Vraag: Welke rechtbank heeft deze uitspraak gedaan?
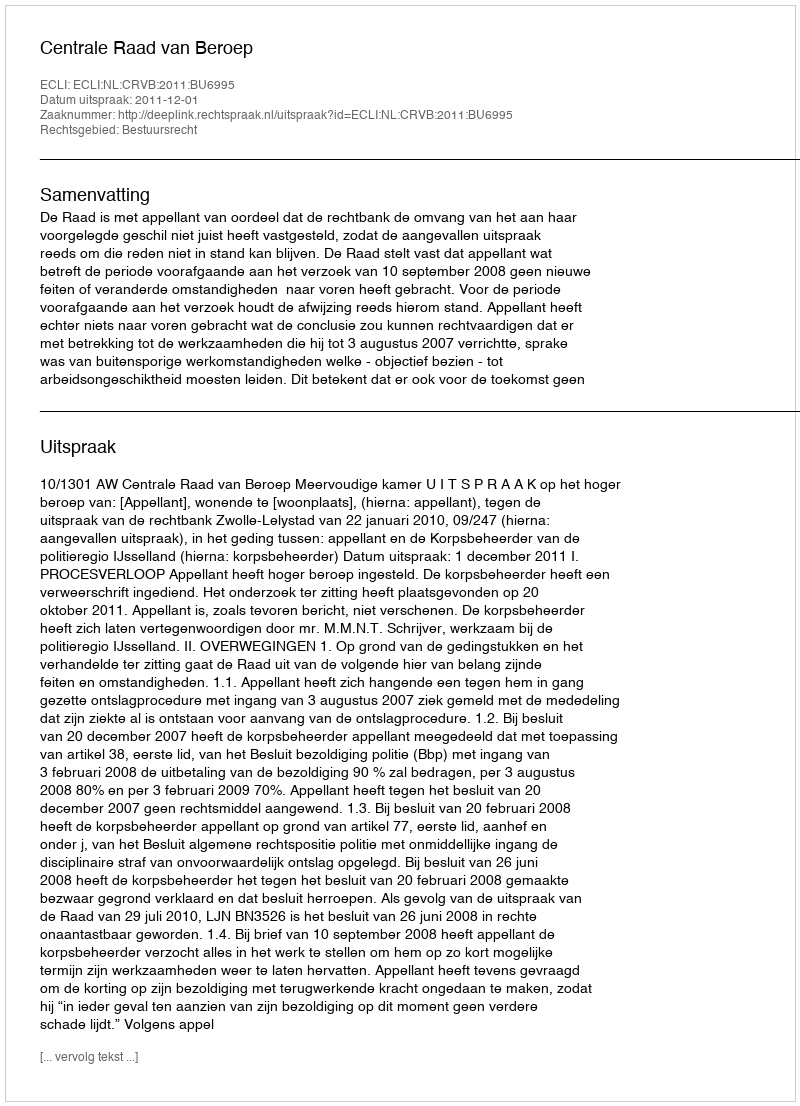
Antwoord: Centrale Raad van Beroep